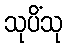
သုပိံသု